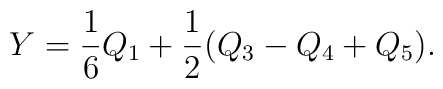
Y=\frac{1}{6}Q_1+\frac{1}{2}(Q_3-Q_4+Q_5).